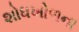
શોધખોળના